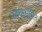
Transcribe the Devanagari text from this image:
स्वयम्भूरिति